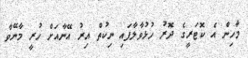
މާހިން އެ ކޮޓަރީގެ ދޮރު ހުޅުވާލާފައި ނިކުތް އިރު އޭނާއަށް ހުރީ މާނޭވާ